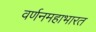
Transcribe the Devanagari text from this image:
वर्णनमहाभारत